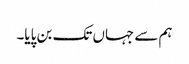
ہم سے جہاں تک بن پایا۔